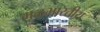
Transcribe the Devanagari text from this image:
मूळभारतीय